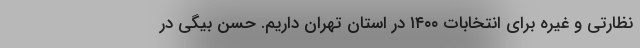
نظارتی و غیره برای انتخابات ۱۴۰۰ در استان تهران داریم. حسن بیگی در